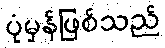
ပုံမှန်ဖြစ်သည်